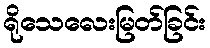
ရိုသေလေးမြတ်ခြင်း